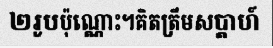
២រូបប៉ុណ្ណោះ។គិតត្រឹមសប្តាហ៍